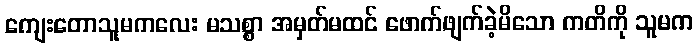
ကျေးတောသူမကလေး မသစ္စာ အမှတ်မထင် ဖောက်ဖျက်ခဲ့မိသော ကတိကို သူမက